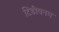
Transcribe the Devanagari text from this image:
टिंडीवनम